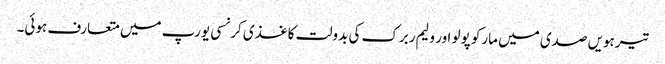
تیرہویں صدی میں مارکو پولو اور ولیم ربرک کی بدولت کاغذی کرنسی یورپ میں متعارف ہوئی۔